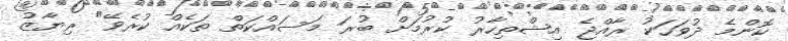
ކޮންމެ ދުވަހަކު ރާއްޖެ އިޝްތިހާރު ކުރުމަށް ބުރަ މަސައްކަތް ތަކެއް ކުރެވޭ" ރިޔާޒު